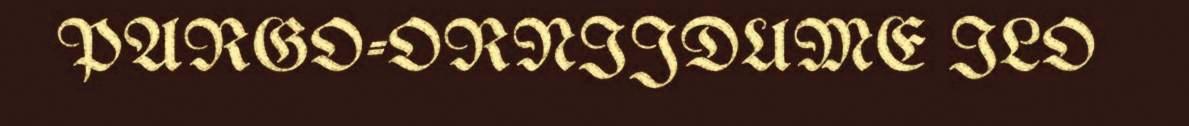
PARGO-ORNIJDUME ILO